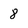
Character: 8